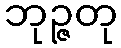
ဘုဉ္ဇတု